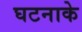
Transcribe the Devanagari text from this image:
घटनाके